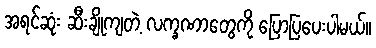
အရင်ဆုံး ဆီးချိုကျတဲ့ လက္ခဏာတွေကို ပြောပြပေးပါမယ်။